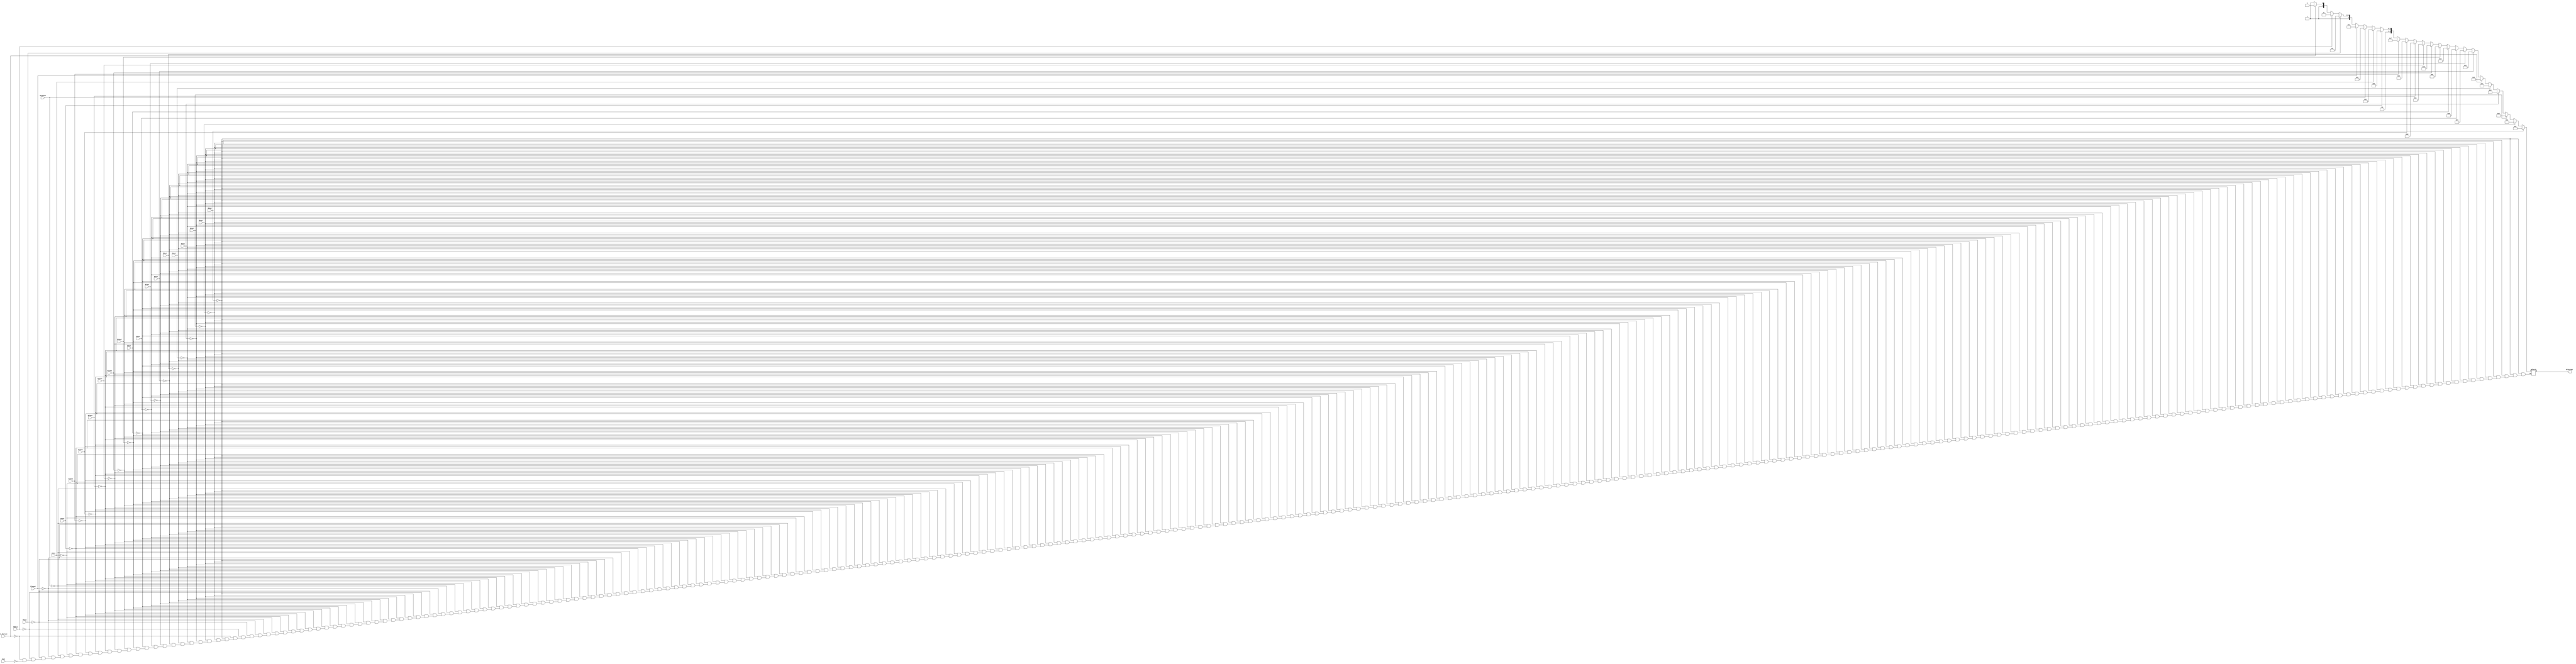
module encoder_32_to_5(output reg [4:0] SelectOut, input R0out,input R1out,input R2out,input R3out,input R4out,input R5out,input R6out,input R7out,input R8out,input R9out,input R10out,input R11out,input R12out,input R13out,input R14out,input R15out,input HIout,input LOout,input Zhighout,input Zlowout,input PCout,input MDRout,input In_Portout,input Cout);

always@(R0out,R1out,R2out,R3out,R4out,R5out,R6out,R7out,R8out,R9out,R10out,R11out,R12out,R13out,R14out,R15out,HIout,LOout,Zhighout,Zlowout,PCout,MDRout,In_Portout,Cout)
	begin 
	if(R0out) SelectOut =0;
	else if(R1out) SelectOut =1;
	else if(R2out) SelectOut =2;
	else if(R3out) SelectOut =3;
	else if(R4out) SelectOut =4;
	else if(R5out) SelectOut =5;
	else if(R6out) SelectOut =6;
	else if(R7out) SelectOut =7;
	else if(R8out) SelectOut =8;
	else if(R9out) SelectOut =9;
	else if(R10out) SelectOut =10;
	else if(R11out) SelectOut =11;
	else if(R12out) SelectOut =12;
	else if(R13out) SelectOut =13;
	else if(R14out) SelectOut =14;
	else if(R15out) SelectOut =15;
	else if(HIout) SelectOut =16;
	else if(LOout) SelectOut =17;
	else if(Zhighout) SelectOut =18;
	else if(Zlowout) SelectOut =19;
	else if(PCout) SelectOut =20;
	else if(MDRout) SelectOut =21;
	else if(In_Portout) SelectOut =22;
	else if(Cout) SelectOut =23;
	
	end
endmodule